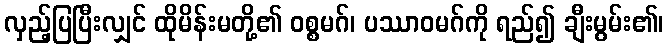
လှည့်ပြပြီးလျှင် ထိုမိန်းမတို့၏ ဝစ္စမဂ်၊ ပဿာဝမဂ်ကို ရည်၍ ချီးမွမ်း၏၊